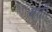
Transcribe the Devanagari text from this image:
गर्ती